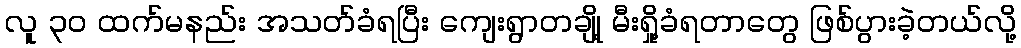
လူ ၃၀ ထက်မနည်း အသတ်ခံရပြီး ကျေးရွာတချို့ မီးရှို့ခံရတာတွေ ဖြစ်ပွားခဲ့တယ်လို့